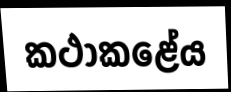
කථාකළේය